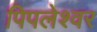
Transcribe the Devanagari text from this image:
पिपलेश्वर